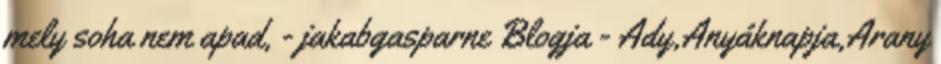
mely soha nem apad, - jakabgasparne Blogja - Ady,Anyáknapja,Arany